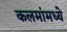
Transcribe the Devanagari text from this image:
कलमांमध्ये